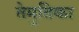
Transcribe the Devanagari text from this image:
तेमुतिका